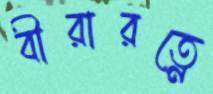
বীরারত্নে